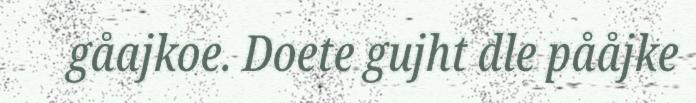
gåajkoe. Doete gujht dle pååjke